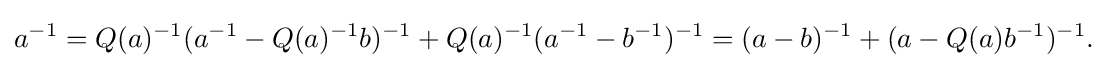
\displaystyle {a^{-1}=Q(a)^{-1}(a^{-1}-Q(a)^{-1}b)^{-1}+Q(a)^{-1}(a^{-1}-b^{-1})^{-1}=(a-b)^{-1}+(a-Q(a)b^{-1})^{-1}.}